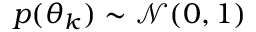
p ( \theta _ { k } ) \sim \mathcal { N } ( 0 , 1 )